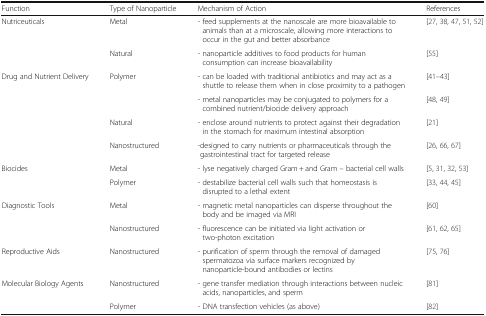
| Function | Type of Nanoparticle | Mechanism of Action | References |
 | --- | --- | --- | --- |
 | <ROWSPAN=2> Nutriceuticals | Metal | - feed supplements at the nanoscale are more bioavailable to animals than at a microscale, allowing more interactions to occur in the gut and better absorbance | [27, 38, 47, 51, 52] |
 | Natural | - nanoparticle additives to food products for human consumption can increase bioavailability | [55] |
 | <ROWSPAN=4> Drug and Nutrient Delivery | <ROWSPAN=2> Polymer | - can be loaded with traditional antibiotics and may act as a shuttle to release them when in close proximity to a pathogen | [41–43] |
 | - metal nanoparticles may be conjugated to polymers for a combined nutrient/biocide delivery approach | [48, 49] |
 | Natural | - enclose around nutrients to protect against their degradation in the stomach for maximum intestinal absorption | [21] |
 | Nanostructured | -designed to carry nutrients or pharmaceuticals through the gastrointestinal tract for targeted release | [26, 66, 67] |
 | <ROWSPAN=2> Biocides | Metal | - lyse negatively charged Gram + and Gram – bacterial cell walls | [5, 31, 32, 53] |
 | Polymer | - destabilize bacterial cell walls such that homeostasis is disrupted to a lethal extent | [33, 44, 45] |
 | <ROWSPAN=2> Diagnostic Tools | Metal | - magnetic metal nanoparticles can disperse throughout the body and be imaged via MRI | [60] |
 | Nanostructured | - fluorescence can be initiated via light activation or two-photon excitation | [61, 62, 65] |
 | Reproductive Aids | Nanostructured | - purification of sperm through the removal of damaged spermatozoa via surface markers recognized by nanoparticle-bound antibodies or lectins | [75, 76] |
 | <ROWSPAN=2> Molecular Biology Agents | Nanostructured | - gene transfer mediation through interactions between nucleic acids, nanoparticles, and sperm | [81] |
 | Polymer | - DNA transfection vehicles (as above) | [82] |